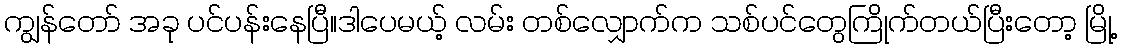
ကျွန်တော် အခု ပင်ပန်းနေပြီ။ဒါပေမယ့် လမ်း တစ်လျှောက်က သစ်ပင်တွေကြိုက်တယ်ပြီးတော့ မြို့